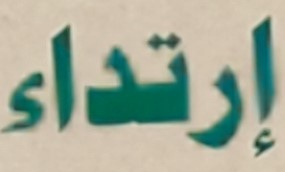
إرتداء